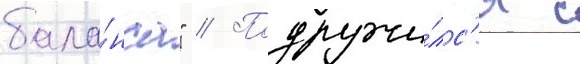
бала́нса" // Подружи́лс'я с